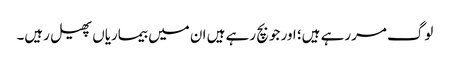
لوگ مررہے ہیں؛ اور جو بچ رہے ہیں ان میں بیماریاں پھیل رہیں۔